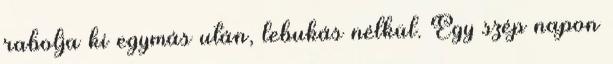
rabolja ki egymás után, lebukás nélkül. Egy szép napon